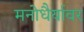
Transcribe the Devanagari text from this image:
मनोधैर्यावर